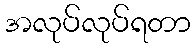
အလုပ်လုပ်ရတာ